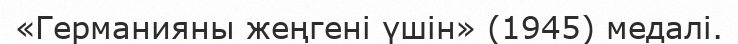
«Германияны жеңгені үшін» (1945) медалі.